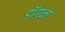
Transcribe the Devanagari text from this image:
डॉगन